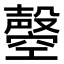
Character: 𣫝